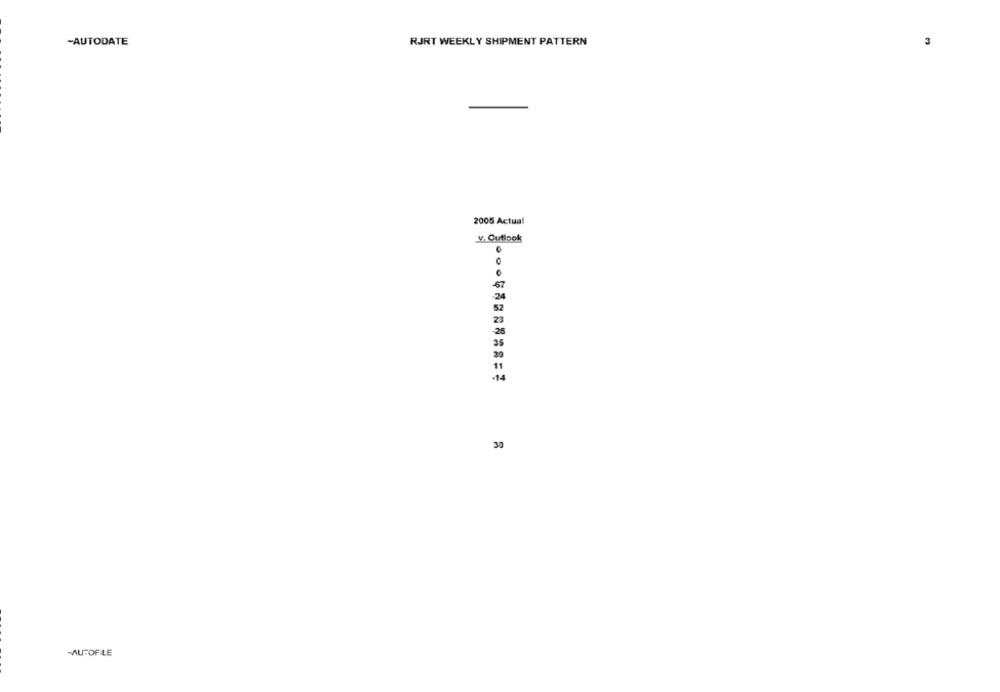
-AUTODATE
RJRT WEEKLY SHIPMENT PATTERN
2005 Actual
v. Outlook
0
52
23
26
35
30
MUFOFLE